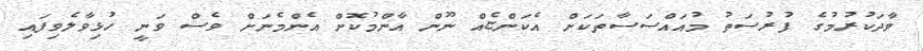
ވާދަކުރުމުގެ ފުރުސަތު މުއައްސަސާތަކަށް އެކަންޏެއް ނޫން އާންމުކޮށް އެންމެނަށް ވެސް ވަނީ ހުޅިވާލެވިފައި